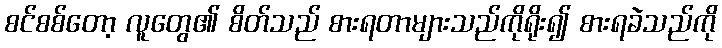
စင်စစ်တော့ လူတွေ၏ စိတ်သည် စားရတာများသည်ကိုရိုး၍ စားရခဲသည်ကို